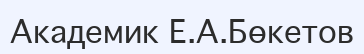
Академик Е.А.Бөкетов